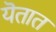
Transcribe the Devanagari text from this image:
यॆतात